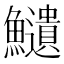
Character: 𩽎